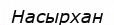
Насырхан